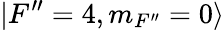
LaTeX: \vert F^{\prime\prime}=4,m_{F^{\prime\prime}}=0\rangle